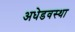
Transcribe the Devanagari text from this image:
अधेडवस्था